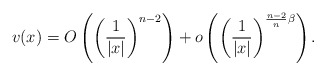
\begin{align*} v(x)=O\left( \left(\frac{1}{|x|}\right)^{n-2}\right) +o\left( \left(\frac{1}{|x|}\right)^{\frac{n-2}{n}\beta} \right). \end{align*}